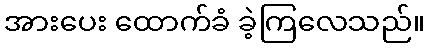
အားပေး ထောက်ခံ ခဲ့ကြလေသည်။